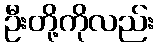
ဦးတို့ကိုလည်း